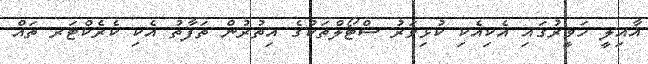
އާއިލީ ހަވީރުގައި އެކިއެކި ކުޅިވަރު ސްޓޯލްތަކުގެ އިތުރުން ތަފާތު އެކި ކެރެކްޓަރ ތައް